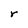
Character: r